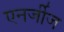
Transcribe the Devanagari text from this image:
एनर्जीज